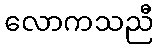
လောကသညီ